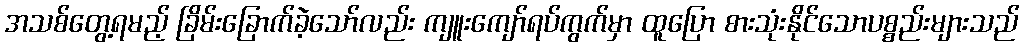
အသစ်တွေ့ရမည့် ခြိမ်းခြောက်ခဲ့သော်လည်း ကျူးကျော်ရပ်ကွက်မှာ ထူပြော စားသုံးနိုင်သောပစ္စည်းများသည်